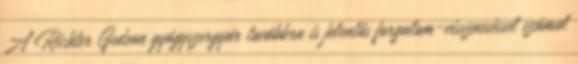
A Richter Gedeon gyógyszergyár továbbra is jelentős forgalom-visszaeséssel számol